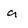
Character: a